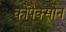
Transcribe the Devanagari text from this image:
कोपैक्सोन